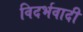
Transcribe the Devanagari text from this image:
विदर्भवादी